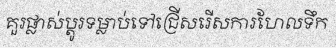
គួរផ្លាស់ប្តូរទម្លាប់ទៅជ្រើសរើសការហែលទឹក